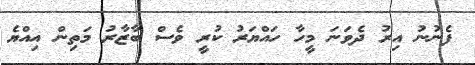
ފެނުނު އިރު ދެވަނަ މީހާ ހައްޔަރު ކުރީ ވެސް ބާޒާރު މަތިން އިއްޔެ